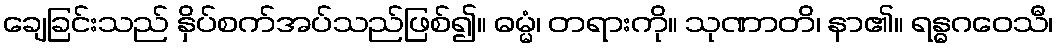
ချေခြင်းသည် နှိပ်စက်အပ်သည်ဖြစ်၍။ ဓမ္မံ၊ တရားကို။ သုဏာတိ၊ နာ၏။ ရန္ဓဂဝေသီ၊